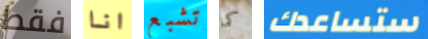
فقط انا تشبع كما ستساعدك